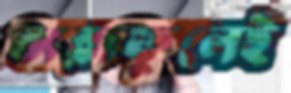
ঝরাফুলেই